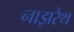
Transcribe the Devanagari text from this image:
नाझरेथ